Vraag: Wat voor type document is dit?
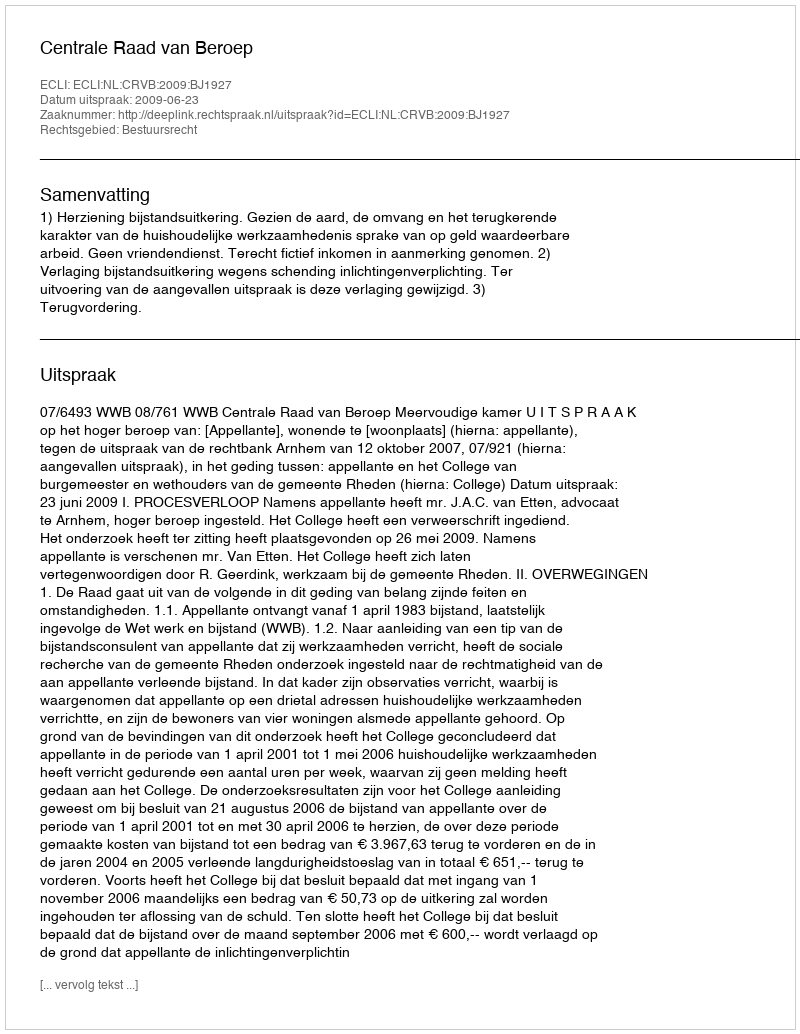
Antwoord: Uitspraak